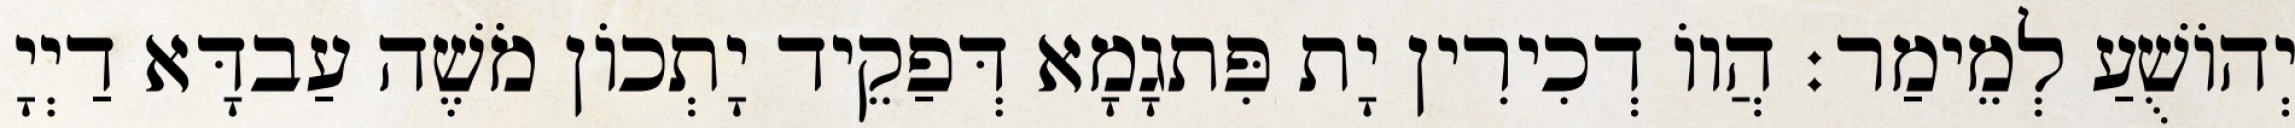
יְהוֹשֻׁעַ לְמֵימַר׃ הֲווֹ דְכִירִין יָת פִּתגָמָא דְּפַקֵיד יָתְכוֹן מֹשֶׁה עַבדָּא דַיְיָ